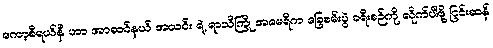
ကော့စီရယ်နီ ဟာ အာဆင်နယ် အသင်း ရဲ့ ရာသီကြို အမေရိက ခြေစမ်းပွဲ ခရီးစဉ်ကို လိုက်ပါဖို့ ငြင်းဆန်